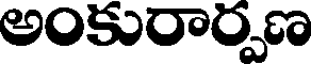
అంకురార్పణ